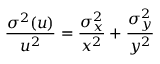
\frac { \sigma ^ { 2 } ( u ) } { u ^ { 2 } } = \frac { \sigma _ { x } ^ { 2 } } { x ^ { 2 } } + \frac { \sigma _ { y } ^ { 2 } } { y ^ { 2 } }